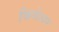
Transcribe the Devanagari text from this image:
फिगेश्वर